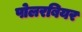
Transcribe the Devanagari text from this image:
पोलरबियर